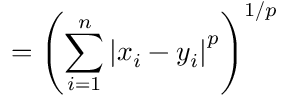
= \left( \sum _ { i = 1 } ^ { n } \left| x _ { i } - y _ { i } \right| ^ { p } \right) ^ { 1 / p }